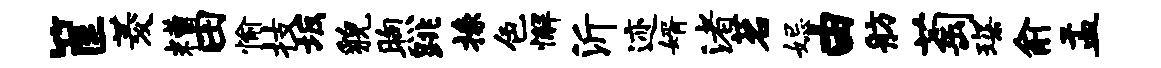
筐菱糟田愉技坂貌煦跳掾色懈沂迹婿渚茗妃由舫萄琛俞盂